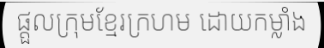
ផ្តួលក្រុមខ្មែរក្រហម ដោយកម្លាំង